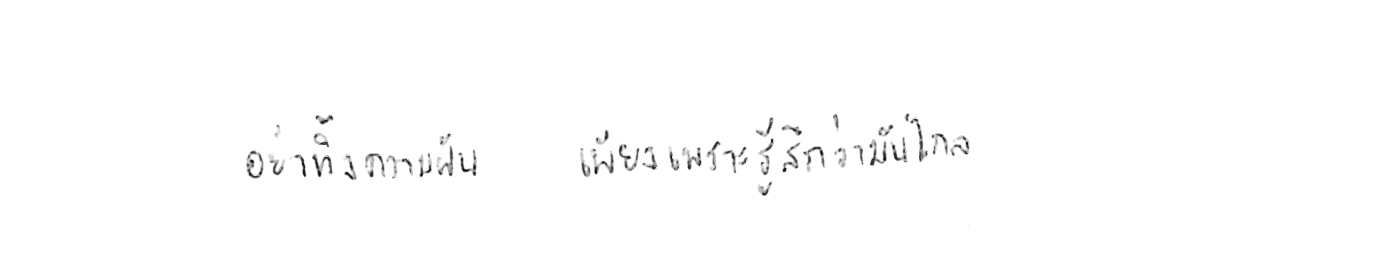
อย่าทิ้งความฝัน เพียงเพราะรู้สึกว่ามันไกล